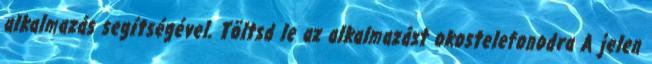
alkalmazás segítségével. Töltsd le az alkalmazást okostelefonodra A jelen